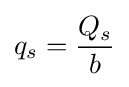
q_{s}={\frac {Q_{s}}{b}}